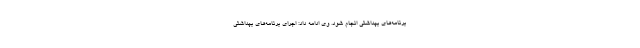
برنامه‌های بهداشتی انجام شود. وی ادامه داد: اجرای برنامه‌های بهداشتی